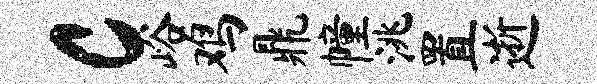
c峪鸡鼎幢洮置逝